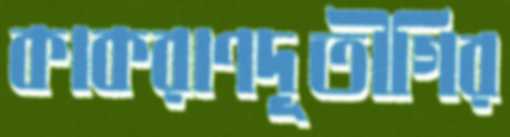
কাকরাণদূতীগির